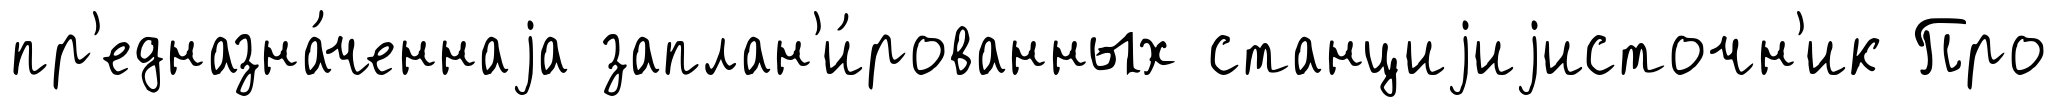
пр'едназна́ченнаjа заплан'и́рованных станциjиjисточн'ик Про